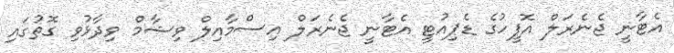
އެޓާނީ ޖެނެރަލް އޮފީހުގެ ޑެޕިއުޓީ އެޓާނީ ޖެނެރަލް އިސްމާއިލް ވިޝާމް ވިދާޅުވި ގޮތުގައި